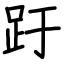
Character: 趶